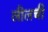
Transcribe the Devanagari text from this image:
लीलची